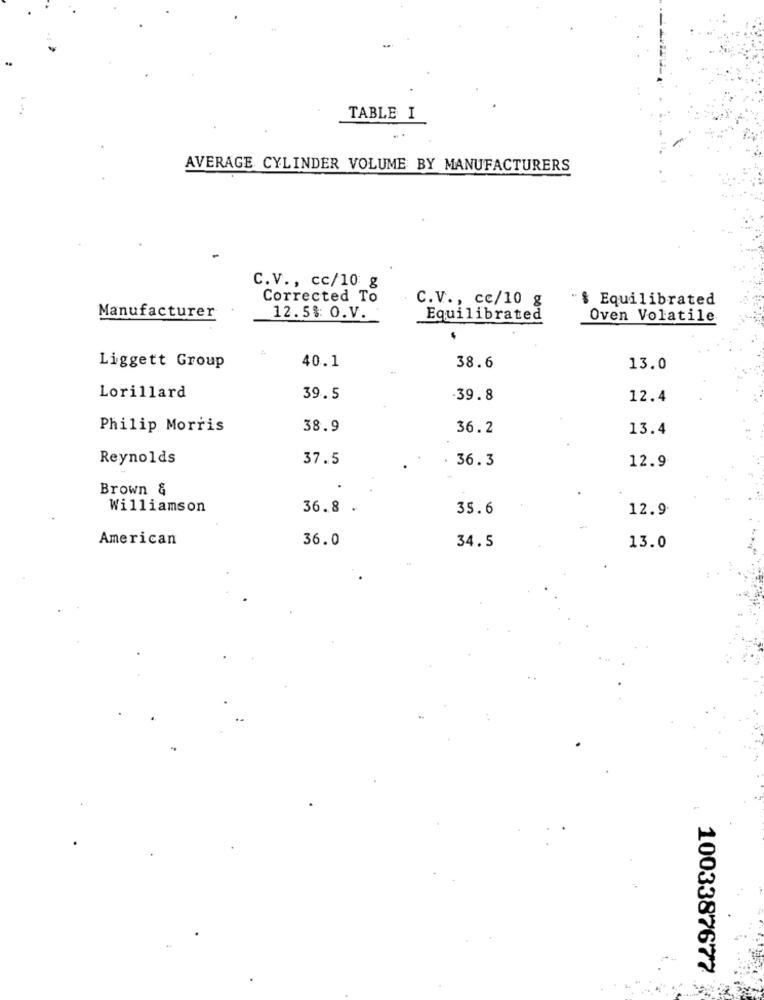
TABLE I
AVERAGE CYLINDER VOLUME BY MANUFACTURERS
C.V ., cc/10 g
Corrected To
C.V ., cc/10 g
"§ Equilibrated
Manufacturer
12.5%: O.V.
Equilibrated
Oven Volatile
38.6
Liggett Group
40.1
13.0
Lorillard
39.5
.39.8
12.4
Philip Morris
38.9
36.2
13.4
Reynolds
37.5
. 36.3
12.9
Brown &
Williamson
36.8
35.6
12.9
American
36.0
34.5
13.0
1003387677